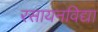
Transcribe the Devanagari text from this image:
रसायनविद्या